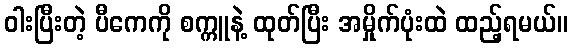
ဝါးပြီးတဲ့ ပီကေကို စက္ကူနဲ့ ထုတ်ပြီး အမှိုက်ပုံးထဲ ထည့်ရမယ်။